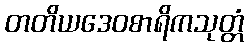
တတိယဒေဝစာရိကသုတ္တံ